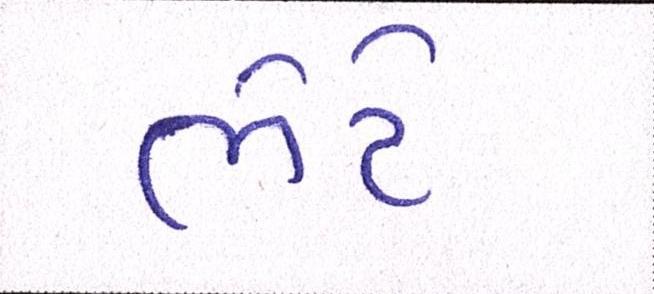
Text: ભેટે